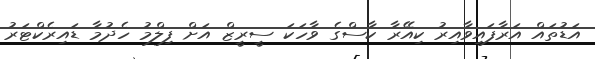
އަޑުތައް އަރާފައިވާއިރު ކިއޭރާ ކާސްގެ ވާހަކަ ސީރީޒް އަށް ފިލްމު ހެދުމާ ޑައިރެކްޓަރު